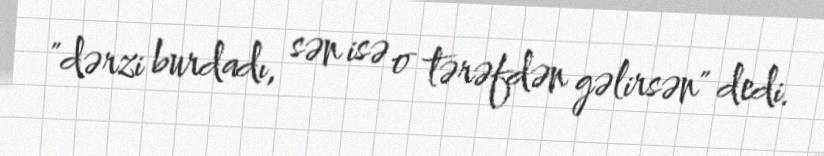
"dərzi burdadı, sən isə o tərəfdən gəlirsən" dedi.